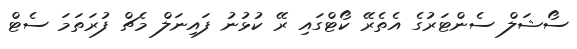
ސޯޝަލް ސެންޓަރުގެ އެތެރޭ ކޯޓްގައި ރޭ ކުޅުނު ފައިނަލް މެޗް ފުރަތަމަ ސެޓް